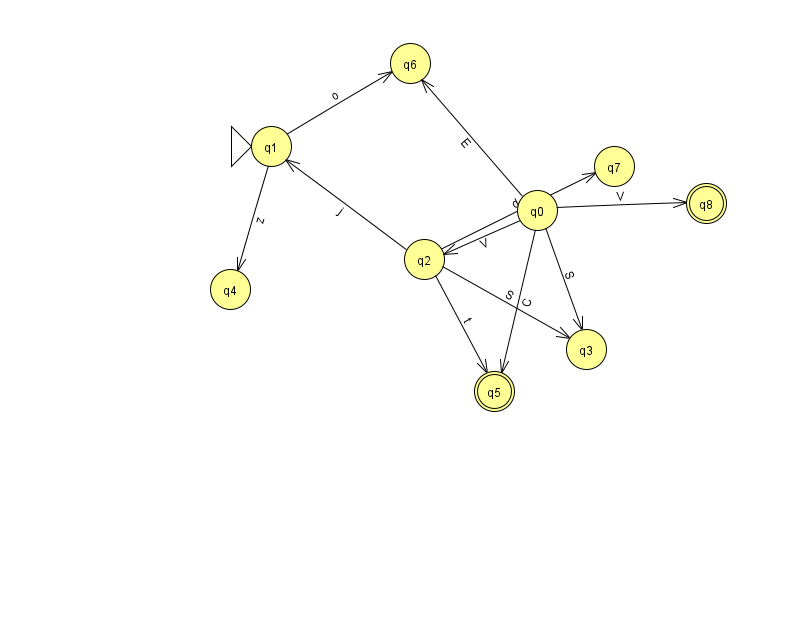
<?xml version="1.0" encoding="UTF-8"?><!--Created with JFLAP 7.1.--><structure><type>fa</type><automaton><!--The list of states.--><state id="0" name="q0"><x>537.0</x><y>197.0</y></state><state id="1" name="q1"><x>271.0</x><y>133.0</y><initial/></state><state id="2" name="q2"><x>424.0</x><y>246.0</y></state><state id="3" name="q3"><x>586.0</x><y>336.0</y></state><state id="4" name="q4"><x>230.0</x><y>276.0</y></state><state id="5" name="q5"><x>494.0</x><y>378.0</y><final/></state><state id="6" name="q6"><x>410.0</x><y>50.0</y></state><state id="7" name="q7"><x>614.0</x><y>153.0</y></state><state id="8" name="q8"><x>706.0</x><y>190.0</y><final/></state><!--The list of transitions.--><transition><from>0</from><to>5</to><read>C</read></transition><transition><from>1</from><to>4</to><read>z</read></transition><transition><from>2</from><to>1</to><read>j</read></transition><transition><from>2</from><to>7</to><read>d</read></transition><transition><from>2</from><to>5</to><read>t</read></transition><transition><from>0</from><to>2</to><read>V</read></transition><transition><from>0</from><to>8</to><read>V</read></transition><transition><from>2</from><to>3</to><read>S</read></transition><transition><from>0</from><to>3</to><read>S</read></transition><transition><from>0</from><to>6</to><read>E</read></transition><transition><from>1</from><to>6</to><read>o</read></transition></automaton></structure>